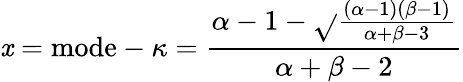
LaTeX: \mathit{x}={\mathrm{{mode}}}-\kappa={\frac{{\alpha-1-{\sqrt{}{{\frac{{(\alpha-1)(\beta-1)}}{{\alpha+\beta-3}}}}}}}{{\alpha+\beta-2}}}